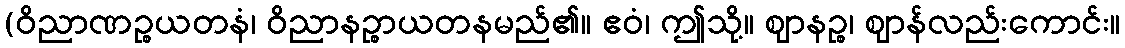
(ဝိညာဏဉ္စယတနံ၊ ဝိညာနဉ္စာယတနမည်၏။ ဧဝံ၊ ဤသို့။ ဈာနဉ္စ၊ ဈာန်လည်းကောင်း။